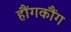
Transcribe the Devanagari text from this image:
हौंगकौंग